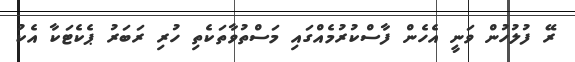
ރޭ ފުލުހުން ވަނީ އެހެން ފާސްކުރުމެއްގައި މަސްތުވާތަކެތި ހުރި ރަބަރު ޕެކެޓަކާ އެކު